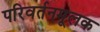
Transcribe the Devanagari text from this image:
परिवर्तनमूलक